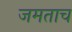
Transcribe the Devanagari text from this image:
जमताच